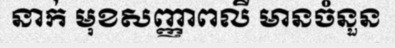
នាក់ មុខសញ្ញាពលី មានចំនួន